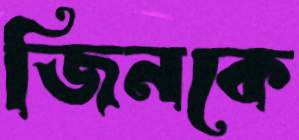
জিনকে